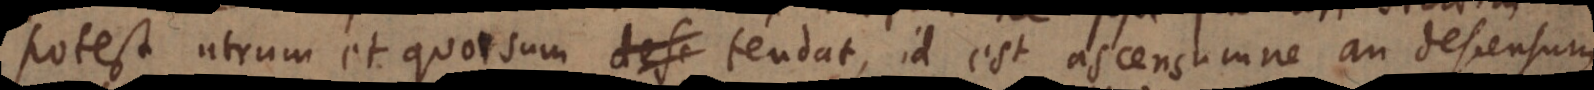
potest utrum et quorsum tendat, id est ascensumne an descensum